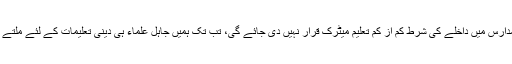
اصل مسئلہ کی بُنیاد یہ ہے کہ جب تک ہمارے دینی مدارس میں داخلے کی شرط کم از کم تعلیم میٹرک قرار نہیں دی جائے گی، تب تک ہمیں جاہل علماء ہی دینی تعلیمات کے لئے ملتے رہیں گے اور یہ ویلنٹائن کی رسم بھی چلتی رہے گی۔